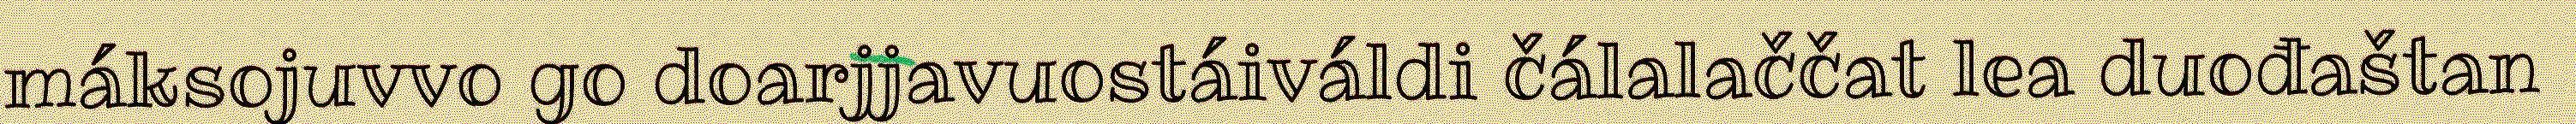
máksojuvvo go doarjjavuostáiváldi čálalaččat lea duođaštan